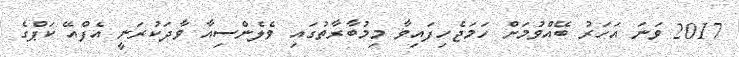
2017 ވަނަ އަހަރު ބޭއްވުމަށް ހަމަޖެހިފައިވާ މިމުބާރާތުގައި ވެލެންސިއާ ވާދަކުރަނީ އެފްއޭ ކަޕްގެ